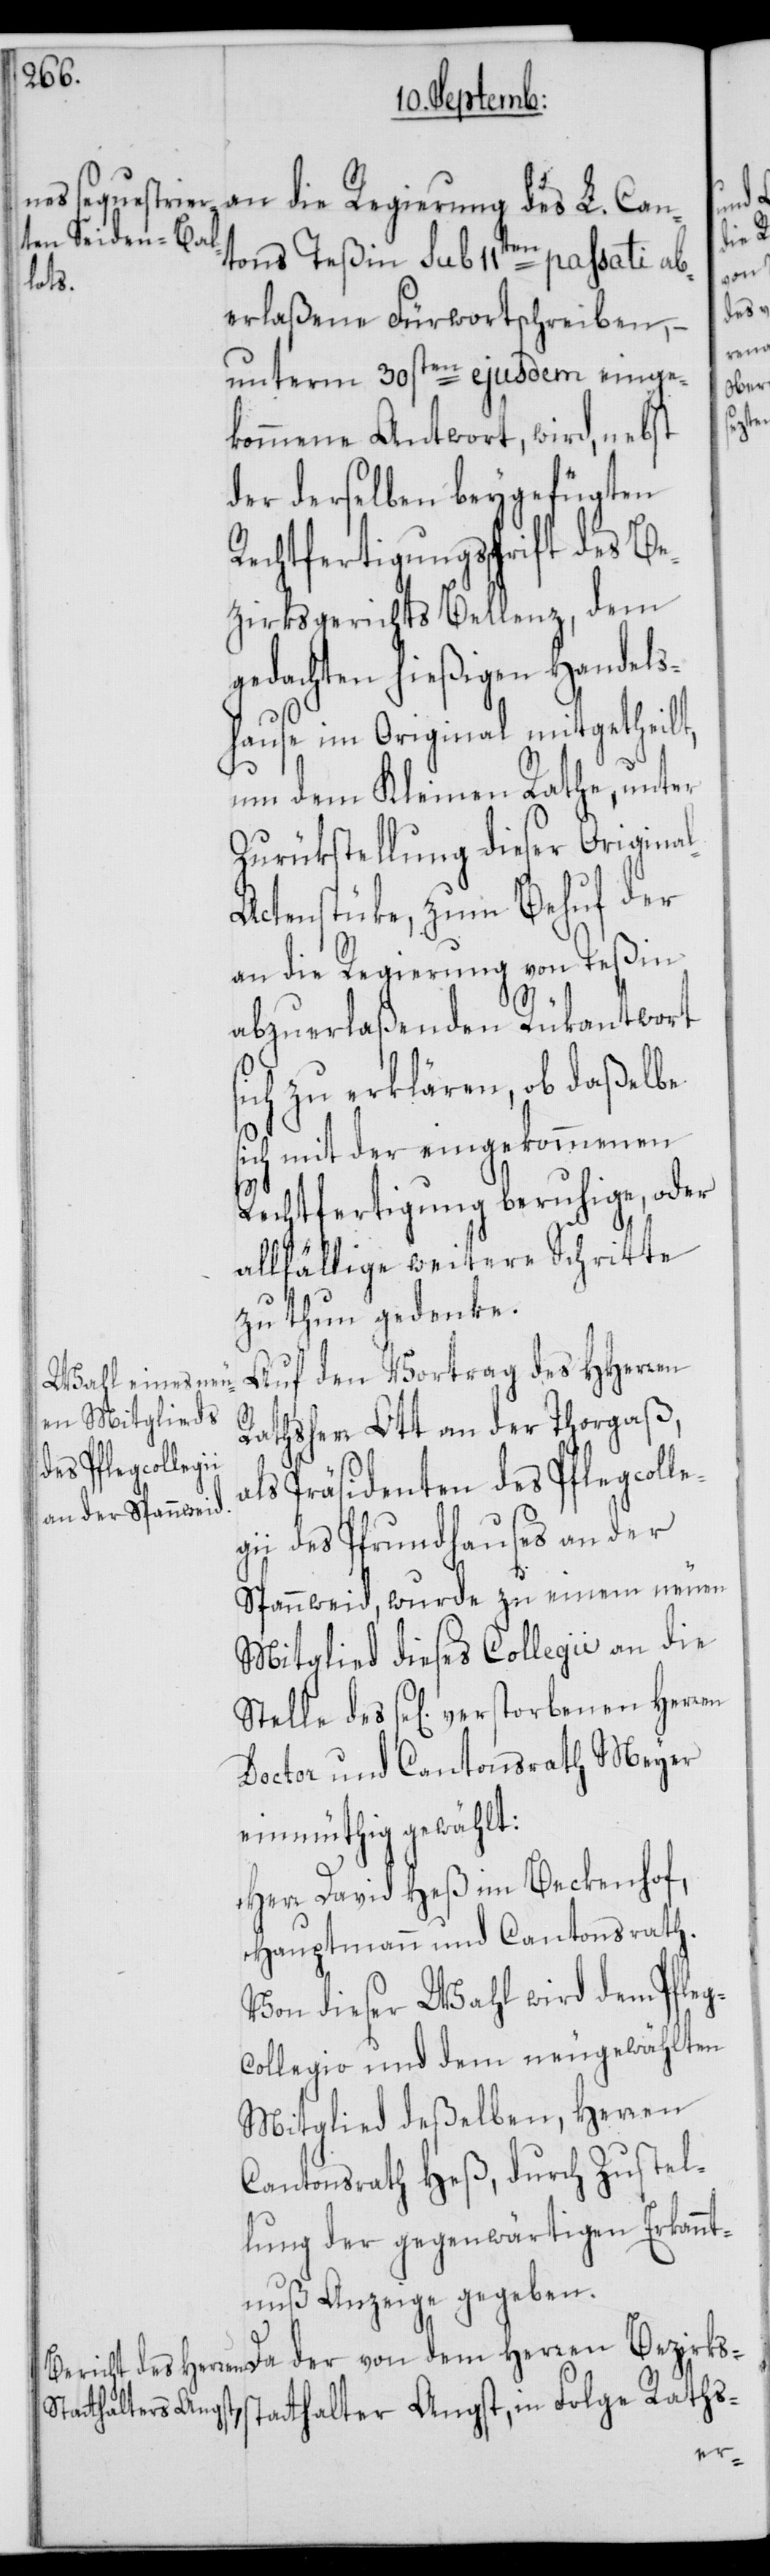
tons Teßin sub 11ten passati ab¬
leg¬
erlaßene Fürwortschreiben, –
unterm 30sten ejusdem einge¬
kommene Antwort, wird, nebst
der derselben beygefügten
Rechtfertigungsschrift des B¬
ezirksgerichts Bellenz, dem
gedachten hießigen Handels¬
hause im Original mitgetheilt,
um dem Kleinen Rathe, unter
Zurükstellung dieser Origina¬
ctenstücke, zum Behuf der
an die Regierung von Teßin
abzuerlaßende Rükantwort
sich zu erklären, ob daßelbe
sich mit der eingekommenen
Rechtfertigung beruhige, oder
allfählige weitere Schritte
zu thun gedenke.
Auf den Vortrag des HHerren
Rathsherr Ott an der Thorgaß,
als Präsidenten des Pflegcol¬
ii des Pfrundhauses an der
Spannweid, wurde zu einem neuen
Mitglied dieses Collegii an die
Stelle des se[lig] verstorbenen Herren
Doctor und Cantonsrath Meyer
einmütig gewählt:
Herr David Heß im Beckenhof,
Hauptmann und Cantonsrath.
Von dieser Wahl wird dem Pfleg¬
collegio und dem neu gewählten
Mitglied deßelben, Herren
Cantonsrath Heß, durch Zustel¬
lung der gegenwärtigen Erkannt¬
nuß Anzeige gegeben.
Herren Bezirksstatthalter Angst, in Folge Raths-